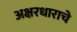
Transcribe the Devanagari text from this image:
अक्षरधाराचे